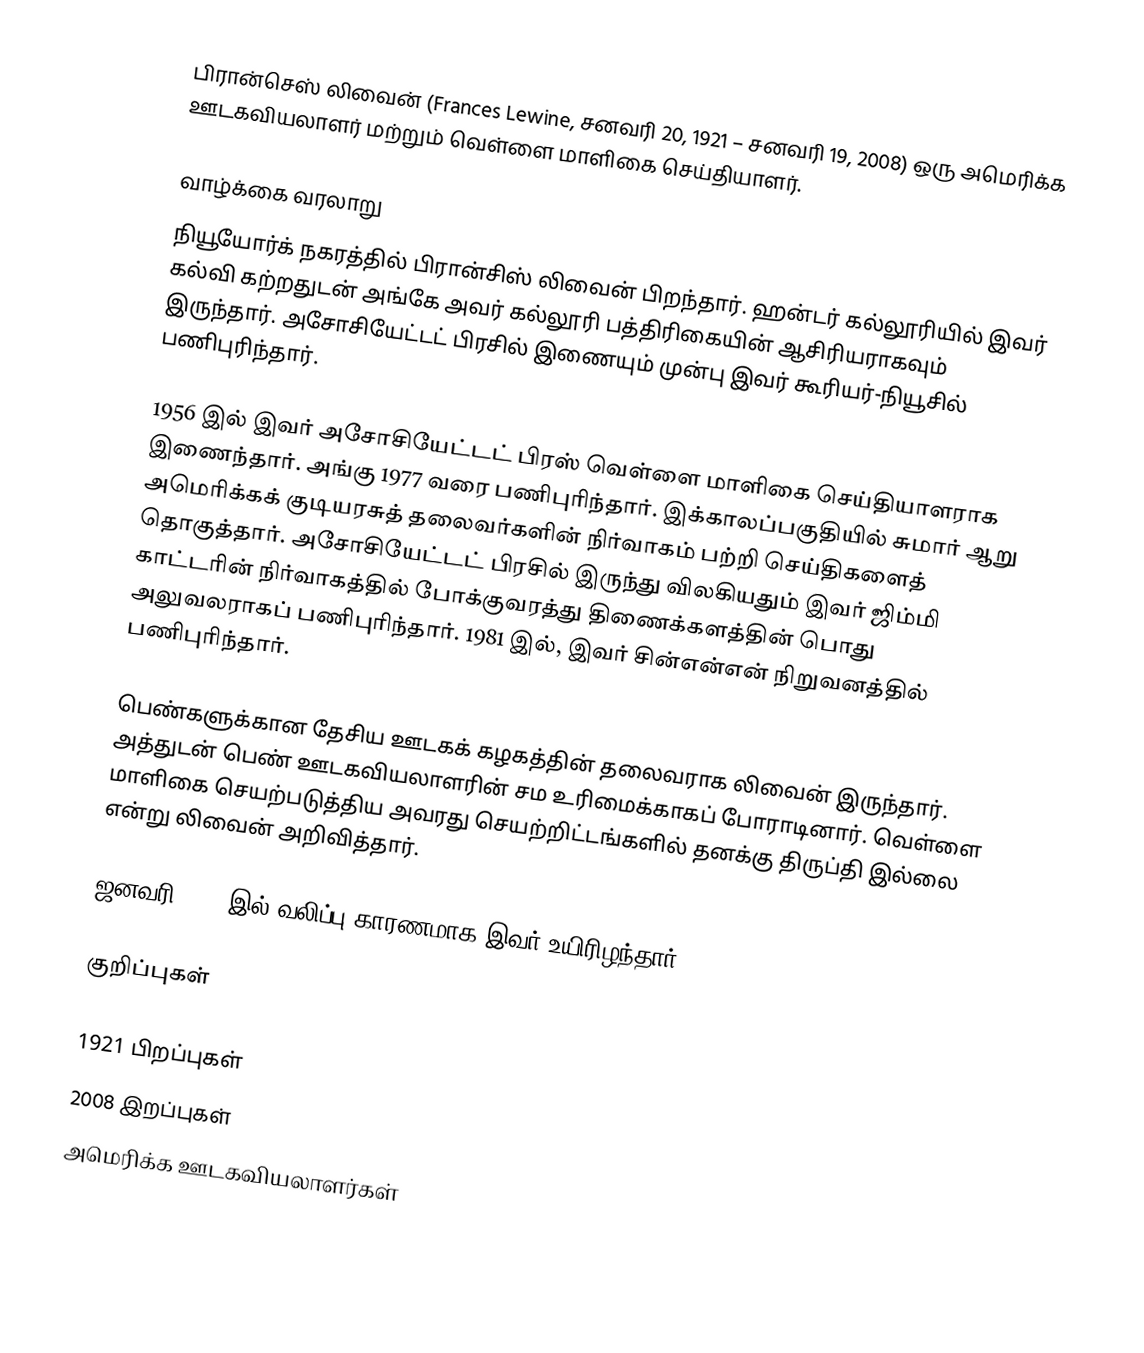
பிரான்செஸ் லிவைன் (Frances Lewine, சனவரி 20, 1921 – சனவரி 19, 2008) ஒரு அமெரிக்க ஊடகவியலாளர் மற்றும் வெள்ளை மாளிகை செய்தியாளர்.

வாழ்க்கை வரலாறு
நியூயோர்க் நகரத்தில் பிரான்சிஸ் லிவைன் பிறந்தார். ஹன்டர் கல்லூரியில் இவர் கல்வி கற்றதுடன் அங்கே அவர் கல்லூரி பத்திரிகையின் ஆசிரியராகவும் இருந்தார். அசோசியேட்டட் பிரசில் இணையும் முன்பு இவர் கூரியர்-நியூசில் பணிபுரிந்தார்.

1956 இல் இவர் அசோசியேட்டட் பிரஸ் வெள்ளை மாளிகை செய்தியாளராக இணைந்தார். அங்கு 1977 வரை பணிபுரிந்தார். இக்காலப்பகுதியில் சுமார் ஆறு அமெரிக்கக் குடியரசுத் தலைவர்களின் நிர்வாகம் பற்றி செய்திகளைத் தொகுத்தார். அசோசியேட்டட் பிரசில் இருந்து விலகியதும் இவர் ஜிம்மி காட்டரின் நிர்வாகத்தில் போக்குவரத்து திணைக்களத்தின் பொது அலுவலராகப் பணிபுரிந்தார். 1981 இல், இவர் சின்என்என் நிறுவனத்தில் பணிபுரிந்தார்.

பெண்களுக்கான தேசிய ஊடகக் கழகத்தின் தலைவராக லிவைன் இருந்தார். அத்துடன் பெண் ஊடகவியலாளரின் சம உரிமைக்காகப் போராடினார். வெள்ளை மாளிகை செயற்படுத்திய அவரது செயற்றிட்டங்களில் தனக்கு திருப்தி இல்லை என்று லிவைன் அறிவித்தார்.

ஜனவரி 2008 இல்  வலிப்பு காரணமாக இவர் உயிரிழந்தார்.

குறிப்புகள்

1921 பிறப்புகள்
2008 இறப்புகள்
அமெரிக்க ஊடகவியலாளர்கள்